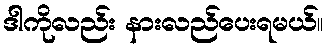
ဒါကိုလည်း နားလည်ပေးရမယ်။